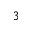
^ 3